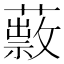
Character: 𦿎